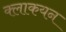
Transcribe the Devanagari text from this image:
क्लाकयन